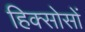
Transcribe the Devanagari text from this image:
हिक्सोसों